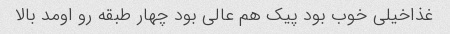
غذاخیلی خوب بود پیک هم عالی بود چهار طبقه رو اومد بالا